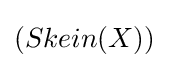
(Skein(X))